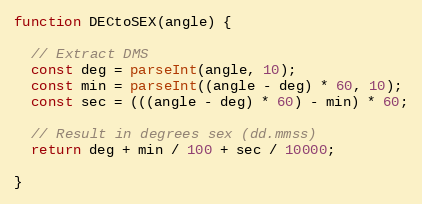
Language: JavaScript
function DECtoSEX(angle) {

  // Extract DMS
  const deg = parseInt(angle, 10);
  const min = parseInt((angle - deg) * 60, 10);
  const sec = (((angle - deg) * 60) - min) * 60;

  // Result in degrees sex (dd.mmss)
  return deg + min / 100 + sec / 10000;

}